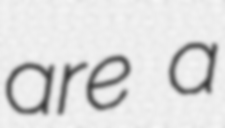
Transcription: are a